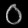
Digit: ၀